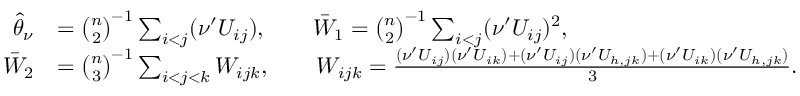
\begin{array} { r l } { \widehat { \theta } _ { \nu } } & { = \binom { n } { 2 } ^ { - 1 } \sum _ { i < j } ( \nu ^ { \prime } U _ { i j } ) , \qquad \bar { W } _ { 1 } = \binom { n } { 2 } ^ { - 1 } \sum _ { i < j } ( \nu ^ { \prime } U _ { i j } ) ^ { 2 } , } \\ { \bar { W } _ { 2 } } & { = \binom { n } { 3 } ^ { - 1 } \sum _ { i < j < k } W _ { i j k } , \qquad W _ { i j k } = \frac { ( \nu ^ { \prime } U _ { i j } ) ( \nu ^ { \prime } U _ { i k } ) + ( \nu ^ { \prime } U _ { i j } ) ( \nu ^ { \prime } U _ { h , j k } ) + ( \nu ^ { \prime } U _ { i k } ) ( \nu ^ { \prime } U _ { h , j k } ) } { 3 } . } \end{array}